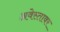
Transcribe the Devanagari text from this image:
अवेस्तावर